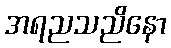
အရညသညိနော